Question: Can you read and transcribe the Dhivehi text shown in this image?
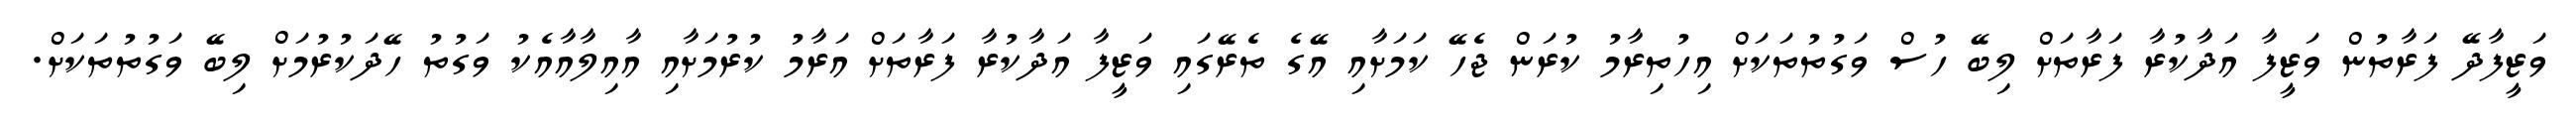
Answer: ވަޒީފާދޭ ފަރާތުން ވަޒީފާ އަދާކުރާ ފަރާތަށް ލިބޭ ހުސް ވަގުތުތަކަށް އިހުތިރާމު ކުރަން ޖެހޭ ކަމަށާއި އޭގެ ތެރޭގައި ވަޒީފާ އަދާކުރާ ފަރާތަށް އަރާމު ކުރުމަށާއި އާއިލާއާއެކު ވަގުތު ހޭދަކުރުމަށް ލިބޭ ވަގުތުތަކަށް.